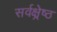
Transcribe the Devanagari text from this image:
सर्वक्ष्रेष्ठ